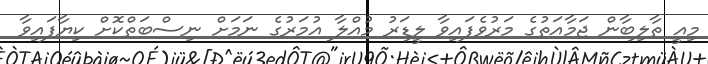
މިއީ ތާލިބާން ޖަމާއަތުގެ މަރުވެފައިވާ ލީޑަރު މުއްލާ އުމަރުގެ ނަމަށް ނިސްބަތްކޮށް ކިޔާފައިވާ